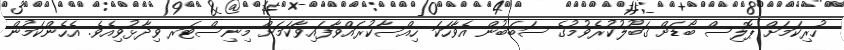
ހުރިކަމަށް ޕޮލިސް ބޯޑަށް ގަބޫލުކުރެވުމުގެ ސަބަބުން އެވާހަކަ ހިއްސާކުރައްވާފައިވާކަމަށް މިނިސްޓަރ ވިދާޅުވިއެވެ. އެހެންކަމުން